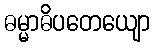
ဓမ္မာဓိပတေယျော